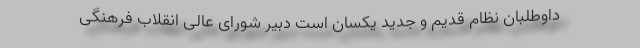
داوطلبان نظام قدیم و جدید یکسان است دبیر شورای عالی انقلاب فرهنگی